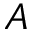
A